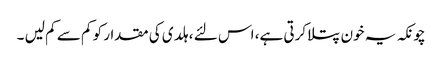
چونکہ یہ خون پتلا کرتی ہے، اس لئے ، ہلدی کی مقدار کو کم سے کم لیں ۔